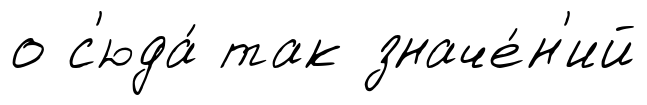
о с'юда́ так значе́н'ий